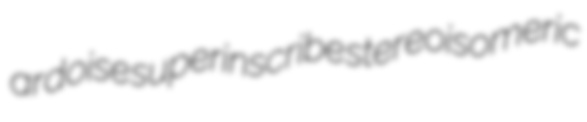
ardoise superinscribe stereoisomeric